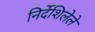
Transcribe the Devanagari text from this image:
निर्देशिलेले